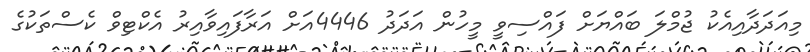
މިއަދަދާއިއެކު ޖުމްލަ ބައްޔަށް ފައްސިވީ މީހުން އަދަދު 4446އަށް އަރާފައިވާއިރު އެކްޓިވް ކެސްތަކުގެ